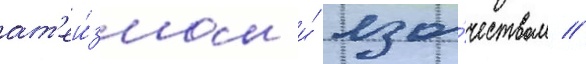
ат'еи́змом и́ язы́чеством //